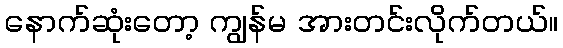
နောက်ဆုံးတော့ ကျွန်မ အားတင်းလိုက်တယ်။